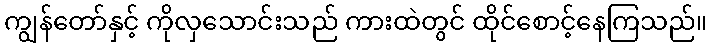
ကျွန်တော်နှင့် ကိုလှသောင်းသည် ကားထဲတွင် ထိုင်စောင့်နေကြသည်။